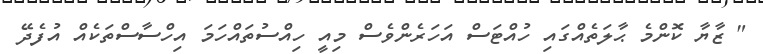
" ޒާޔާ ކޮންމެ ޙާލަތެއްގައި ހުއްޓަސް އަހަރެންވެސް މިއީ ހިއްސުތައްހަމަ އިހްސާސްތަކެއް އުފެދޭ